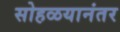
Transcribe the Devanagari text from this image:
सोहळयानंतर